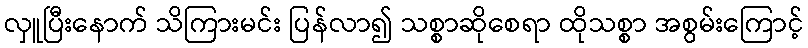
လှူပြီးနောက် သိကြားမင်း ပြန်လာ၍ သစ္စာဆိုစေရာ ထိုသစ္စာ အစွမ်းကြောင့်